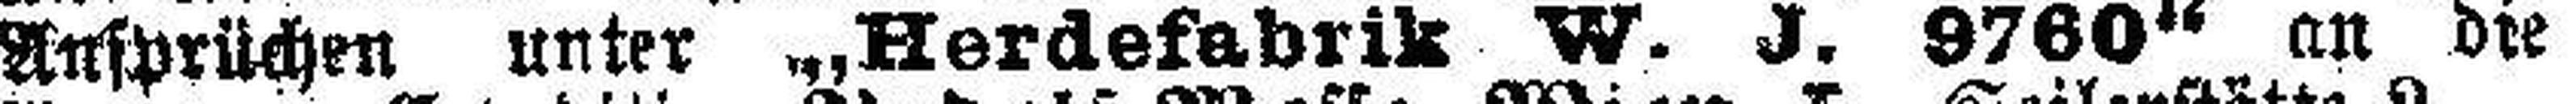
Ansprüchen unter „Herdefabrik W. J. 9760“ an die